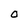
Character: O